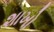
શાખો